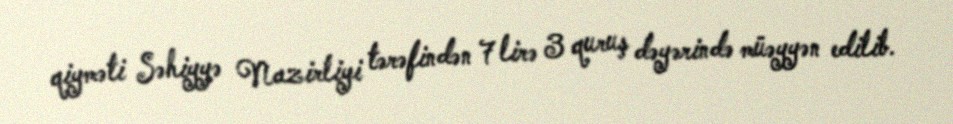
qiyməti Səhiyyə Nazirliyi tərəfindən 7 lirə 3 quruş dəyərində müəyyən edilib.